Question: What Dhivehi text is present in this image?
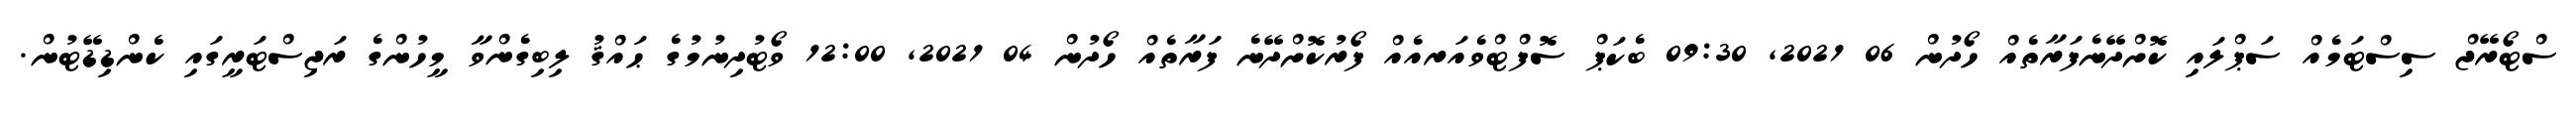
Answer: ސްޓޯރޭޖް ސިސްޓަމެއް ސަޕްލައި ކޮށްދޭނެފަރާތެއް ހޯދުން 06 2021, 09:30 ބެކަޕް ސޮފްޓްވެއަރއެއް ފޯރުކޮށްދޭނެ ފަރާތެއް ހޯދުން 04 2021, 12:00 ވޯޓުދިނުމުގެ ޙައްޤު ލިބިގެންވާ މީހުންގެ ރަޖިސްޓަރީގައި ކެންޑިޑޭޓުން.